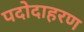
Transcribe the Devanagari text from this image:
पदोदाहरण